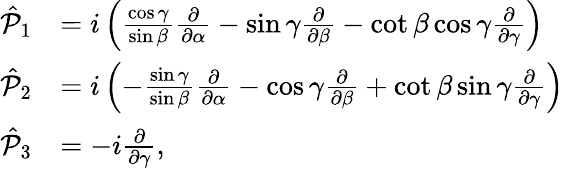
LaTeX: {\begin{array}{rl}{{\hat{\mathcal{P}}}_{1}}&{=i\left({\frac{\cos\gamma}{\sin\beta}}{\frac{\partial}{\partial\alpha}}-\sin\gamma{\frac{\partial}{\partial\beta}}-\cot\beta\cos\gamma{\frac{\partial}{\partial\gamma}}\right)}\\ {{\hat{\mathcal{P}}}_{2}}&{=i\left(-{\frac{\sin\gamma}{\sin\beta}}{\frac{\partial}{\partial\alpha}}-\cos\gamma{\frac{\partial}{\partial\beta}}+\cot\beta\sin\gamma{\frac{\partial}{\partial\gamma}}\right)}\\ {{\hat{\mathcal{P}}}_{3}}&{=-i{\frac{\partial}{\partial\gamma}},}\end{array}}